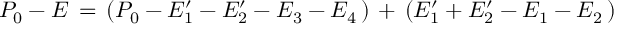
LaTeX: P _ { 0 } - E \, = \, ( P _ { 0 } - E _ { 1 } ^ { \prime } - E _ { 2 } ^ { \prime } - E _ { 3 } - E _ { 4 } \, ) \, + \, ( E _ { 1 } ^ { \prime } + E _ { 2 } ^ { \prime } - E _ { 1 } - E _ { 2 } \, )